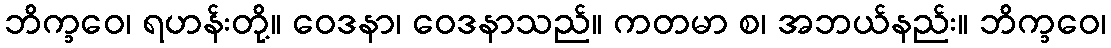
ဘိက္ခဝေ၊ ရဟန်းတို့။ ဝေဒနာ၊ ဝေဒနာသည်။ ကတမာ စ၊ အဘယ်နည်း။ ဘိက္ခဝေ၊